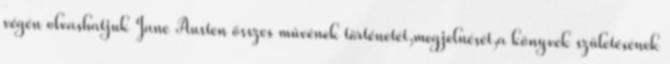
végén olvashatjuk Jane Austen összes művének történetét,megjelnését,a könyvek születésének